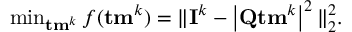
\begin{array} { r } { \operatorname* { m i n } _ { { \bf { t m } } ^ { k } } f ( { \bf { t m } } ^ { k } ) = \| { \bf { I } } ^ { k } - \left| { \bf { Q } } { \bf { t m } } ^ { k } \right| ^ { 2 } \| _ { 2 } ^ { 2 } . } \end{array}